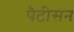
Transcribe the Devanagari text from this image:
पैटीसन